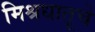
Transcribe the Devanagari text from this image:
मिश्रधातूचे